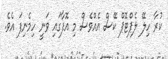
ކުރާ ހިލޭ ލެޕްޓޮޕް ކޭސް އެއްވެސް މި އޮފާގައި ވަނީ ހިމެނިފަ އެވެ.